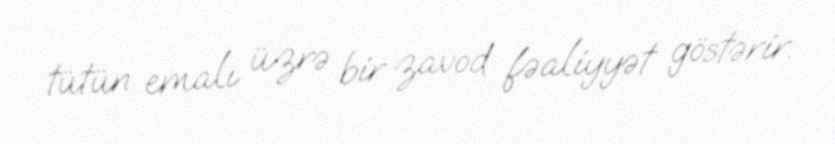
tütün emalı üzrə bir zavod fəaliyyət göstərir.